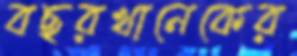
বছরখানেকের